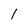
Character: l